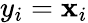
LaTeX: y_{i}=\mathbf{x}_{i}